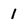
Character: 1